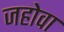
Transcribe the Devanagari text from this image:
जहोवा